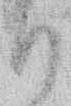
り